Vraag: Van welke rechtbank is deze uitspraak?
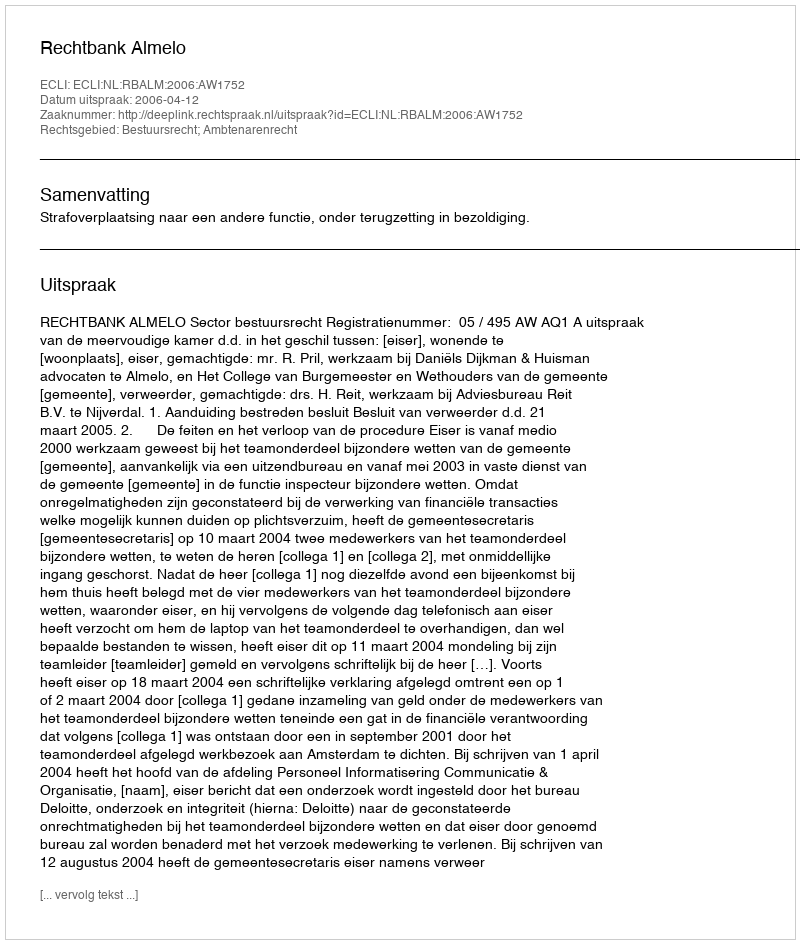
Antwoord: Rechtbank Almelo